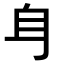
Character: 𨈑